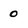
Character: 0